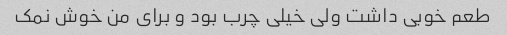
طعم خوبی داشت ولی خیلی چرب بود و برای من خوش نمک